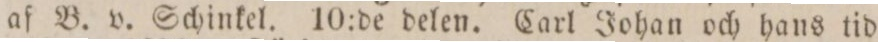
af B. v. Schinkel. 10:de delen. Carl Johan och hans tid